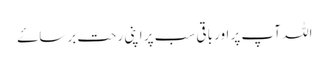
اللہ آپ پر اور باقی سب پر اپنی رحت برساۓ